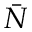
\bar { N }